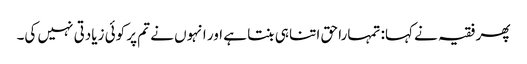
پھر فقیہ نے کہا: تمہارا حق اتنا ہی بنتا ہے اور انہوں نے تم پر کوئی زیادتی نہیں کی۔